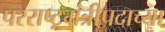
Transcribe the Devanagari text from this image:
परराष्ट्रमंत्रीपदाच्या